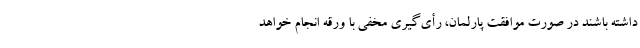
داشته باشند در صورت موافقت پارلمان، رأی‌گیری مخفی با ورقه انجام خواهد